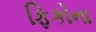
ફિકોના